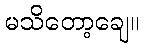
မသိတော့ချေ။